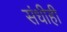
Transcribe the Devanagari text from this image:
संधीही